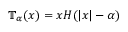
\mathbb { T } _ { \alpha } ( x ) = x H ( | x | - \alpha )